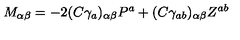
M _ { \alpha \beta } = - 2 ( C \gamma _ { a } ) _ { \alpha \beta } P ^ { a } + ( C \gamma _ { a b } ) _ { \alpha \beta } Z ^ { a b }